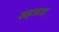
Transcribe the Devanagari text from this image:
सहजाद